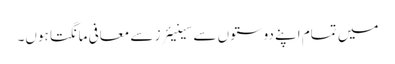
میں تمام اپنے دوستوں سے سینیئرز سے معافی مانگتا ہوں۔